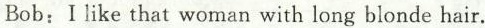
Bob: I like that woman with long blonde hair.